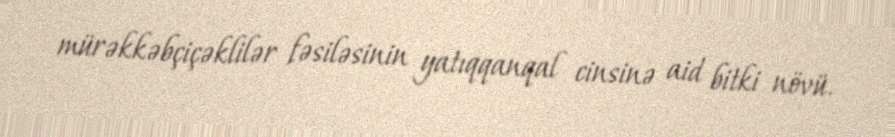
mürəkkəbçiçəklilər fəsiləsinin yatıqqanqal cinsinə aid bitki növü.